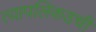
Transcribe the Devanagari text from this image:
त्यापलिकडची